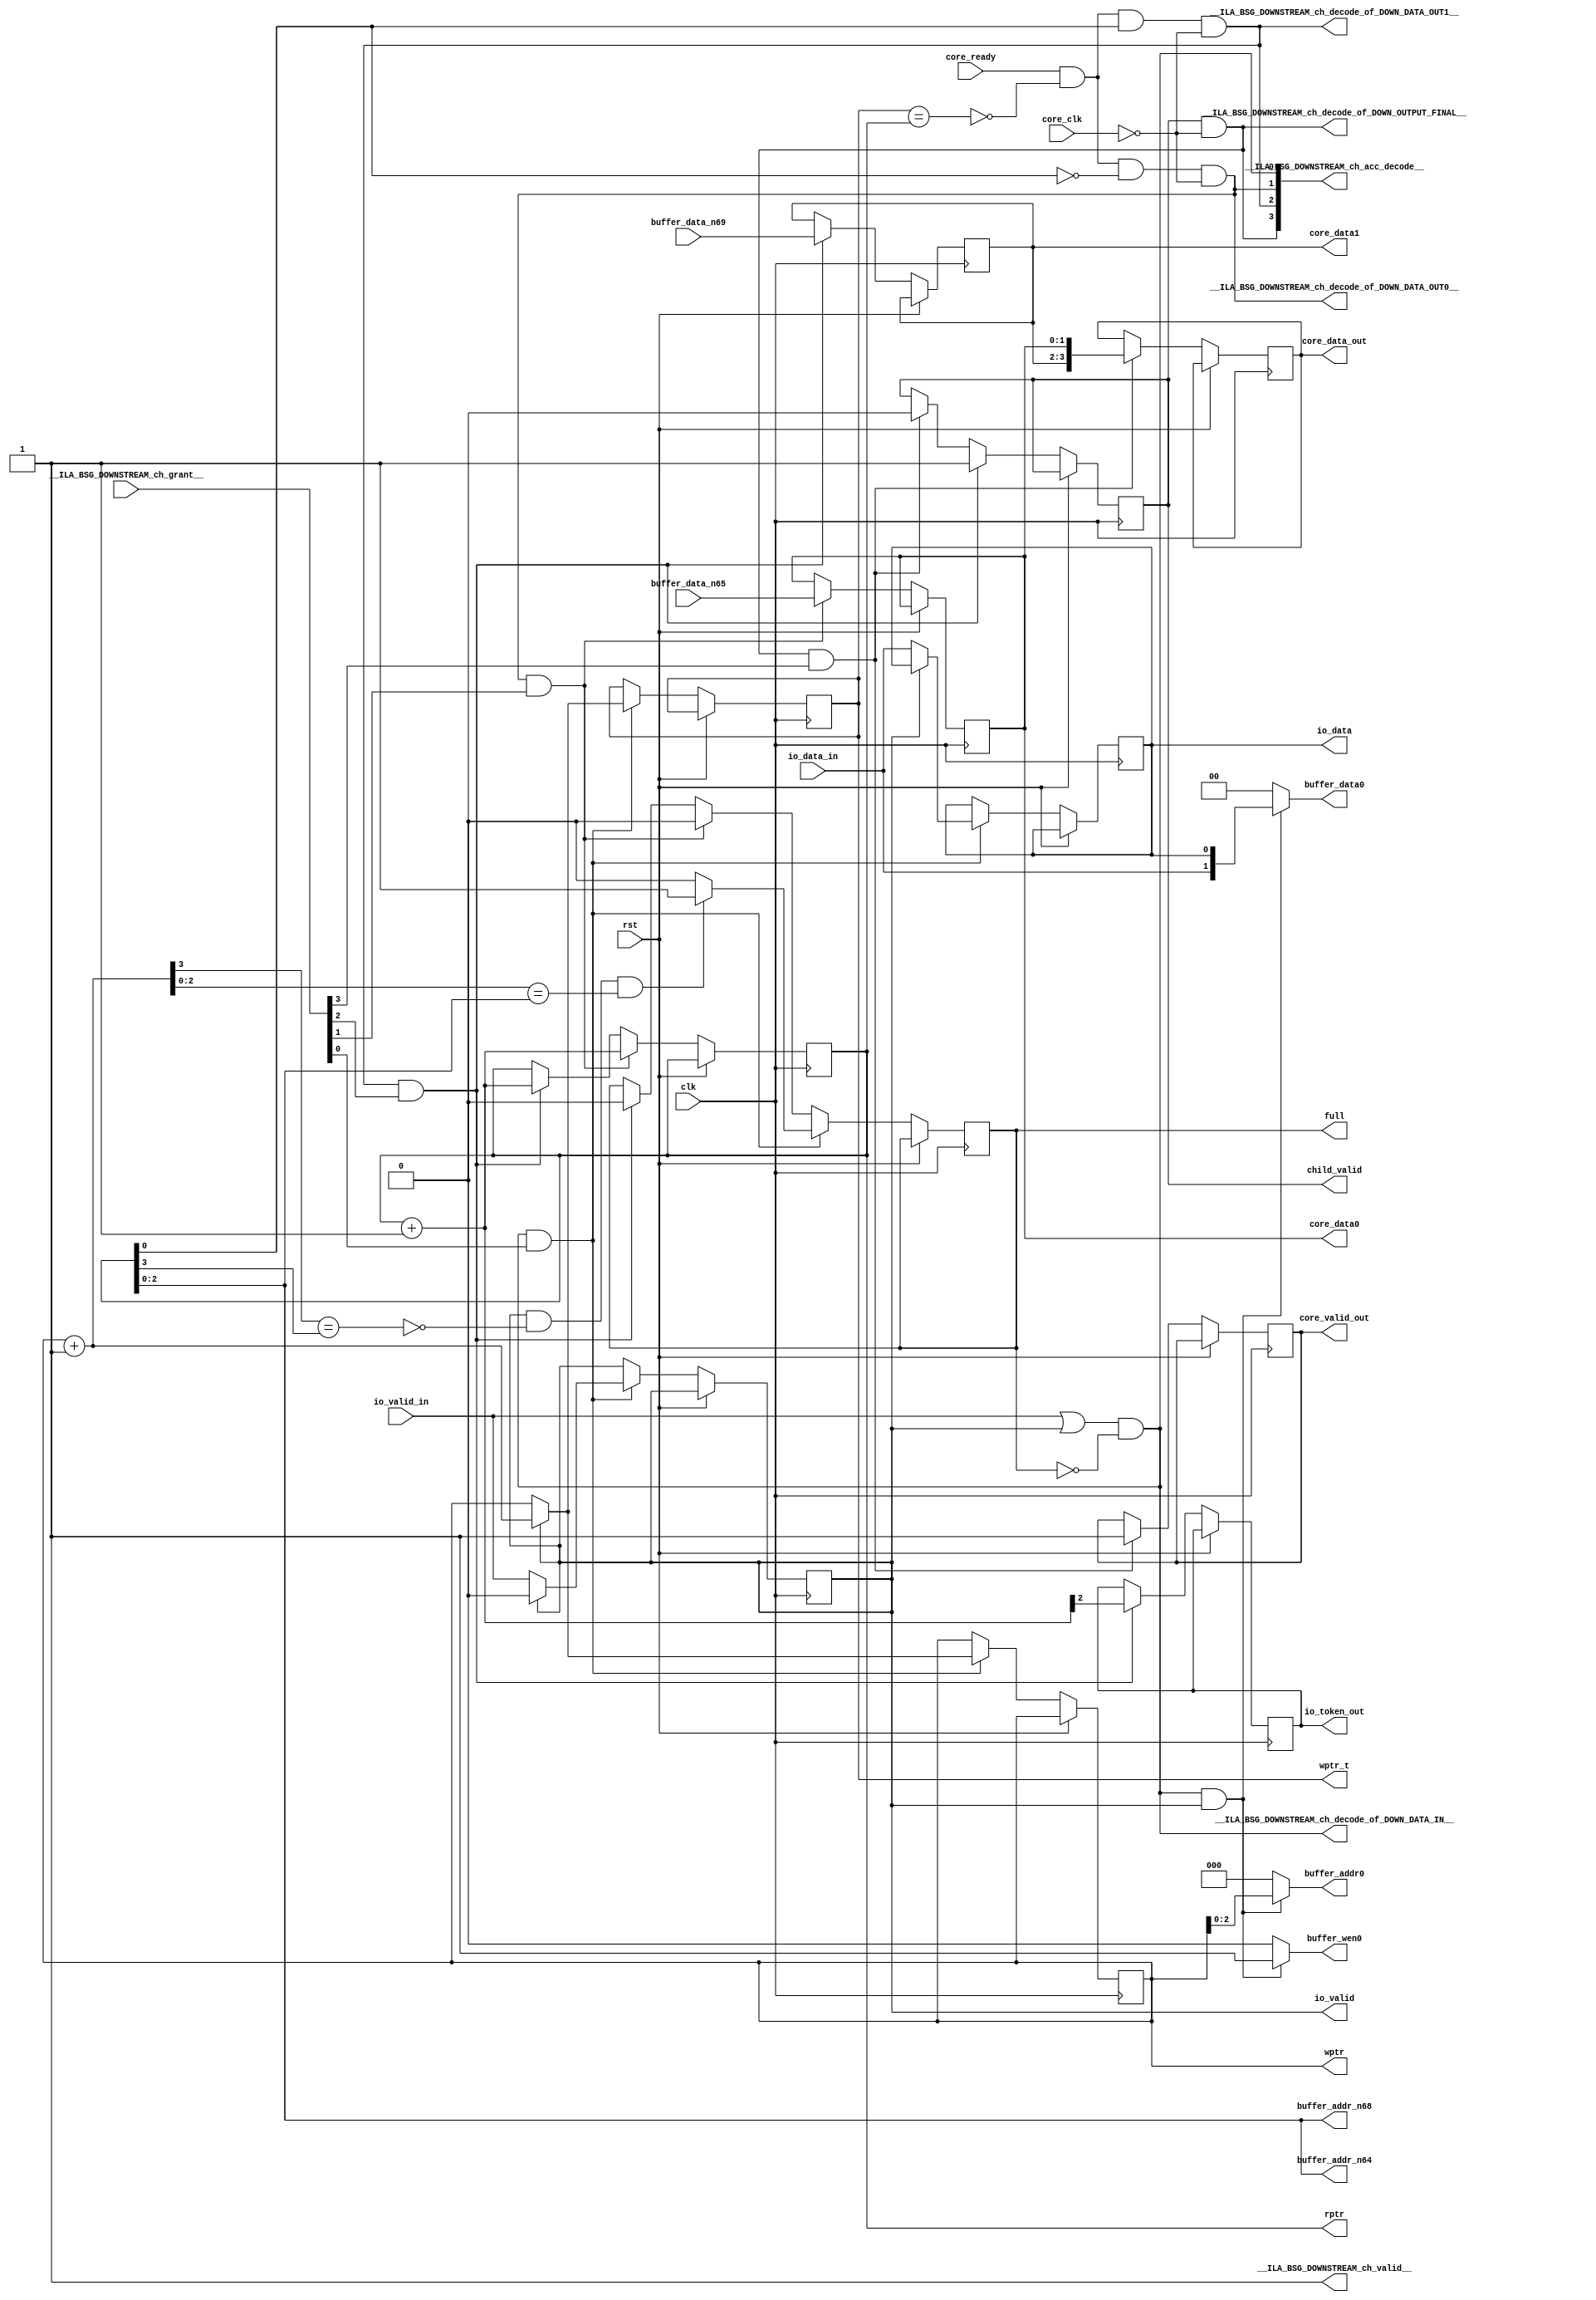
module BSG_DOWNSTREAM_ch(
__ILA_BSG_DOWNSTREAM_ch_grant__,
clk,
core_clk,
core_ready,
io_data_in,
io_valid_in,
rst,
__ILA_BSG_DOWNSTREAM_ch_acc_decode__,
__ILA_BSG_DOWNSTREAM_ch_decode_of_DOWN_DATA_IN__,
__ILA_BSG_DOWNSTREAM_ch_decode_of_DOWN_DATA_OUT0__,
__ILA_BSG_DOWNSTREAM_ch_decode_of_DOWN_DATA_OUT1__,
__ILA_BSG_DOWNSTREAM_ch_decode_of_DOWN_OUTPUT_FINAL__,
__ILA_BSG_DOWNSTREAM_ch_valid__,
buffer_data_n65,
buffer_data_n69,
buffer_addr0,
buffer_data0,
buffer_wen0,
buffer_addr_n64,
buffer_addr_n68,
core_data_out,
core_valid_out,
io_token_out,
rptr,
wptr,
wptr_t,
full,
io_valid,
io_data,
core_data0,
core_data1,
child_valid
);
input      [3:0] __ILA_BSG_DOWNSTREAM_ch_grant__;
input            clk;
input            core_clk;
input            core_ready;
input            io_data_in;
input            io_valid_in;
input            rst;
input      [1:0] buffer_data_n65;
input      [1:0] buffer_data_n69;
output      [3:0] __ILA_BSG_DOWNSTREAM_ch_acc_decode__;
output            __ILA_BSG_DOWNSTREAM_ch_decode_of_DOWN_DATA_IN__;
output            __ILA_BSG_DOWNSTREAM_ch_decode_of_DOWN_DATA_OUT0__;
output            __ILA_BSG_DOWNSTREAM_ch_decode_of_DOWN_DATA_OUT1__;
output            __ILA_BSG_DOWNSTREAM_ch_decode_of_DOWN_OUTPUT_FINAL__;
output            __ILA_BSG_DOWNSTREAM_ch_valid__;
output      [2:0] buffer_addr0;
output      [1:0] buffer_data0;
output            buffer_wen0;
output      [2:0] buffer_addr_n64;
output      [2:0] buffer_addr_n68;
output reg      [3:0] core_data_out;
output reg            core_valid_out;
output reg            io_token_out;
output reg      [3:0] rptr;
output reg      [3:0] wptr;
output reg      [3:0] wptr_t;
output reg            full;
output reg            io_valid;
output reg            io_data;
output reg      [1:0] core_data0;
output reg      [1:0] core_data1;
output reg            child_valid;
wire      [3:0] __ILA_BSG_DOWNSTREAM_ch_acc_decode__;
wire            __ILA_BSG_DOWNSTREAM_ch_decode_of_DOWN_DATA_IN__;
wire            __ILA_BSG_DOWNSTREAM_ch_decode_of_DOWN_DATA_OUT0__;
wire            __ILA_BSG_DOWNSTREAM_ch_decode_of_DOWN_DATA_OUT1__;
wire            __ILA_BSG_DOWNSTREAM_ch_decode_of_DOWN_OUTPUT_FINAL__;
wire      [3:0] __ILA_BSG_DOWNSTREAM_ch_grant__;
wire            __ILA_BSG_DOWNSTREAM_ch_valid__;
wire      [2:0] buffer_addr0;
wire      [2:0] buffer_addr_n64;
wire      [2:0] buffer_addr_n68;
wire      [1:0] buffer_data0;
wire      [1:0] buffer_data_n65;
wire      [1:0] buffer_data_n69;
wire            buffer_wen0;
wire            bv_1_0_n4;
wire            bv_1_1_n0;
wire      [3:0] bv_4_1_n29;
wire            clk;
wire            core_clk;
wire            core_ready;
wire            io_data_in;
wire            io_valid_in;
wire            n1;
wire            n10;
wire            n11;
wire            n12;
wire            n13;
wire            n14;
wire            n15;
wire            n16;
wire            n17;
wire            n18;
wire            n19;
wire            n2;
wire            n20;
wire            n21;
wire            n22;
wire            n23;
wire            n24;
wire            n25;
wire            n26;
wire            n27;
wire      [3:0] n28;
wire            n3;
wire      [3:0] n30;
wire            n31;
wire            n32;
wire            n33;
wire            n34;
wire            n35;
wire            n36;
wire            n37;
wire            n38;
wire      [2:0] n39;
wire      [1:0] n40;
wire      [3:0] n41;
wire      [3:0] n42;
wire            n43;
wire      [3:0] n44;
wire      [3:0] n45;
wire            n46;
wire      [3:0] n47;
wire            n48;
wire            n49;
wire            n5;
wire            n50;
wire            n51;
wire            n52;
wire            n53;
wire      [2:0] n54;
wire      [2:0] n55;
wire            n56;
wire            n57;
wire            n58;
wire            n59;
wire            n6;
wire            n60;
wire            n61;
wire            n62;
wire      [2:0] n63;
wire      [1:0] n66;
wire      [2:0] n67;
wire            n7;
wire      [1:0] n70;
wire            n8;
wire            n9;
wire            rst;
assign __ILA_BSG_DOWNSTREAM_ch_valid__ = 1'b1 ;
assign bv_1_1_n0 = 1'h1 ;
assign n1 =  ( io_valid_in ) == ( bv_1_1_n0 )  ;
assign n2 =  ( io_valid ) == ( bv_1_1_n0 )  ;
assign n3 =  ( n1 ) | ( n2 )  ;
assign bv_1_0_n4 = 1'h0 ;
assign n5 =  ( full ) == ( bv_1_0_n4 )  ;
assign n6 =  ( n3 ) & (n5 )  ;
assign __ILA_BSG_DOWNSTREAM_ch_decode_of_DOWN_DATA_IN__ = n6 ;
assign __ILA_BSG_DOWNSTREAM_ch_acc_decode__[0] = __ILA_BSG_DOWNSTREAM_ch_decode_of_DOWN_DATA_IN__ ;
assign n7 =  ( core_ready ) == ( bv_1_1_n0 )  ;
assign n8 =  ( wptr_t ) == ( rptr )  ;
assign n9 = ~ ( n8 )  ;
assign n10 =  ( n7 ) & (n9 )  ;
assign n11 = rptr[0:0] ;
assign n12 =  ( n11 ) == ( bv_1_0_n4 )  ;
assign n13 =  ( n10 ) & (n12 )  ;
assign n14 =  ( core_clk ) == ( bv_1_0_n4 )  ;
assign n15 =  ( n13 ) & (n14 )  ;
assign __ILA_BSG_DOWNSTREAM_ch_decode_of_DOWN_DATA_OUT0__ = n15 ;
assign __ILA_BSG_DOWNSTREAM_ch_acc_decode__[1] = __ILA_BSG_DOWNSTREAM_ch_decode_of_DOWN_DATA_OUT0__ ;
assign n16 =  ( core_ready ) == ( bv_1_1_n0 )  ;
assign n17 =  ( wptr_t ) == ( rptr )  ;
assign n18 = ~ ( n17 )  ;
assign n19 =  ( n16 ) & (n18 )  ;
assign n20 = rptr[0:0] ;
assign n21 =  ( n20 ) == ( bv_1_1_n0 )  ;
assign n22 =  ( n19 ) & (n21 )  ;
assign n23 =  ( core_clk ) == ( bv_1_0_n4 )  ;
assign n24 =  ( n22 ) & (n23 )  ;
assign __ILA_BSG_DOWNSTREAM_ch_decode_of_DOWN_DATA_OUT1__ = n24 ;
assign __ILA_BSG_DOWNSTREAM_ch_acc_decode__[2] = __ILA_BSG_DOWNSTREAM_ch_decode_of_DOWN_DATA_OUT1__ ;
assign n25 =  ( child_valid ) == ( bv_1_1_n0 )  ;
assign n26 =  ( core_clk ) == ( bv_1_0_n4 )  ;
assign n27 =  ( n25 ) & (n26 )  ;
assign __ILA_BSG_DOWNSTREAM_ch_decode_of_DOWN_OUTPUT_FINAL__ = n27 ;
assign __ILA_BSG_DOWNSTREAM_ch_acc_decode__[3] = __ILA_BSG_DOWNSTREAM_ch_decode_of_DOWN_OUTPUT_FINAL__ ;
assign n28 =  { ( core_data1 ) , ( core_data0 ) }  ;
assign bv_4_1_n29 = 4'h1 ;
assign n30 =  ( rptr ) + ( bv_4_1_n29 )  ;
assign n31 = n30[2:2] ;
assign n32 = ~ ( n6 )  ;
assign n33 =  ( 1'b1 ) & (n32 )  ;
assign n34 =  ( 1'b1 ) & (n6 )  ;
assign n35 =  ( io_valid ) == ( bv_1_1_n0 )  ;
assign n36 = ~ ( n35 )  ;
assign n37 =  ( n34 ) & (n36 )  ;
assign n38 =  ( n34 ) & (n35 )  ;
assign n39 = wptr[2:0] ;
assign n40 =  { ( io_data_in ) , ( io_data ) }  ;
assign buffer_addr0 = n38 ? (n39) : (0) ;
assign buffer_data0 = n38 ? (n40) : ('d0) ;
assign buffer_wen0 = (n38) ? ( 1'b1 ) : (1'b0) ;
assign n41 =  ( rptr ) + ( bv_4_1_n29 )  ;
assign n42 =  ( rptr ) + ( bv_4_1_n29 )  ;
assign n43 =  ( io_valid ) == ( bv_1_1_n0 )  ;
assign n44 =  ( wptr ) + ( bv_4_1_n29 )  ;
assign n45 =  ( n43 ) ? ( n44 ) : ( wptr ) ;
assign n46 =  ( io_valid ) == ( bv_1_1_n0 )  ;
assign n47 =  ( n46 ) ? ( n44 ) : ( wptr ) ;
assign n48 =  ( io_valid ) == ( bv_1_1_n0 )  ;
assign n49 = n44[3:3] ;
assign n50 = rptr[3:3] ;
assign n51 =  ( n49 ) == ( n50 )  ;
assign n52 = ~ ( n51 )  ;
assign n53 =  ( n48 ) & (n52 )  ;
assign n54 = n44[2:0] ;
assign n55 = rptr[2:0] ;
assign n56 =  ( n54 ) == ( n55 )  ;
assign n57 =  ( n53 ) & (n56 )  ;
assign n58 =  ( n57 ) ? ( bv_1_1_n0 ) : ( bv_1_0_n4 ) ;
assign n59 =  ( io_valid ) == ( bv_1_1_n0 )  ;
assign n60 =  ( n59 ) ? ( bv_1_0_n4 ) : ( io_valid_in ) ;
assign n61 =  ( io_valid ) == ( bv_1_0_n4 )  ;
assign n62 =  ( n61 ) ? ( io_data_in ) : ( io_data ) ;
assign n63 = rptr[2:0] ;
assign buffer_addr_n64 = n63 ;
assign n66 = buffer_data_n65 ;
assign n67 = rptr[2:0] ;
assign buffer_addr_n68 = n67 ;
assign n70 = buffer_data_n69 ;
always @(posedge clk) begin
   if(rst) begin
   end
   else if(__ILA_BSG_DOWNSTREAM_ch_valid__) begin
       if ( __ILA_BSG_DOWNSTREAM_ch_decode_of_DOWN_OUTPUT_FINAL__ && __ILA_BSG_DOWNSTREAM_ch_grant__[3] ) begin
           core_data_out <= n28;
       end
       if ( __ILA_BSG_DOWNSTREAM_ch_decode_of_DOWN_OUTPUT_FINAL__ && __ILA_BSG_DOWNSTREAM_ch_grant__[3] ) begin
           core_valid_out <= bv_1_1_n0;
       end
       if ( __ILA_BSG_DOWNSTREAM_ch_decode_of_DOWN_DATA_OUT1__ && __ILA_BSG_DOWNSTREAM_ch_grant__[2] ) begin
           io_token_out <= n31;
       end
       if ( __ILA_BSG_DOWNSTREAM_ch_decode_of_DOWN_DATA_OUT0__ && __ILA_BSG_DOWNSTREAM_ch_grant__[1] ) begin
           rptr <= n41;
       end else if ( __ILA_BSG_DOWNSTREAM_ch_decode_of_DOWN_DATA_OUT1__ && __ILA_BSG_DOWNSTREAM_ch_grant__[2] ) begin
           rptr <= n42;
       end
       if ( __ILA_BSG_DOWNSTREAM_ch_decode_of_DOWN_DATA_IN__ && __ILA_BSG_DOWNSTREAM_ch_grant__[0] ) begin
           wptr <= n45;
       end
       if ( __ILA_BSG_DOWNSTREAM_ch_decode_of_DOWN_DATA_IN__ && __ILA_BSG_DOWNSTREAM_ch_grant__[0] ) begin
           wptr_t <= n47;
       end
       if ( __ILA_BSG_DOWNSTREAM_ch_decode_of_DOWN_DATA_IN__ && __ILA_BSG_DOWNSTREAM_ch_grant__[0] ) begin
           full <= n58;
       end else if ( __ILA_BSG_DOWNSTREAM_ch_decode_of_DOWN_DATA_OUT0__ && __ILA_BSG_DOWNSTREAM_ch_grant__[1] ) begin
           full <= bv_1_0_n4;
       end else if ( __ILA_BSG_DOWNSTREAM_ch_decode_of_DOWN_DATA_OUT1__ && __ILA_BSG_DOWNSTREAM_ch_grant__[2] ) begin
           full <= bv_1_0_n4;
       end
       if ( __ILA_BSG_DOWNSTREAM_ch_decode_of_DOWN_DATA_IN__ && __ILA_BSG_DOWNSTREAM_ch_grant__[0] ) begin
           io_valid <= n60;
       end
       if ( __ILA_BSG_DOWNSTREAM_ch_decode_of_DOWN_DATA_IN__ && __ILA_BSG_DOWNSTREAM_ch_grant__[0] ) begin
           io_data <= n62;
       end
       if ( __ILA_BSG_DOWNSTREAM_ch_decode_of_DOWN_DATA_OUT0__ && __ILA_BSG_DOWNSTREAM_ch_grant__[1] ) begin
           core_data0 <= n66;
       end
       if ( __ILA_BSG_DOWNSTREAM_ch_decode_of_DOWN_DATA_OUT1__ && __ILA_BSG_DOWNSTREAM_ch_grant__[2] ) begin
           core_data1 <= n70;
       end
       if ( __ILA_BSG_DOWNSTREAM_ch_decode_of_DOWN_DATA_OUT1__ && __ILA_BSG_DOWNSTREAM_ch_grant__[2] ) begin
           child_valid <= bv_1_1_n0;
       end else if ( __ILA_BSG_DOWNSTREAM_ch_decode_of_DOWN_OUTPUT_FINAL__ && __ILA_BSG_DOWNSTREAM_ch_grant__[3] ) begin
           child_valid <= bv_1_0_n4;
       end
   end
end
endmodule